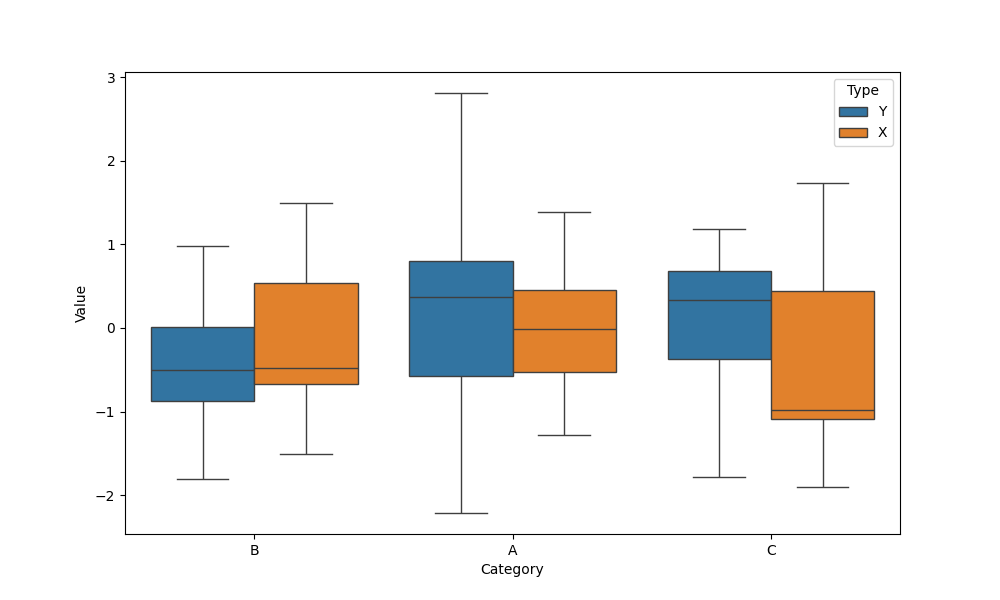
python, seaborn, boxplot, width=0.8, linewidth=1, fliersize=5, notch=False